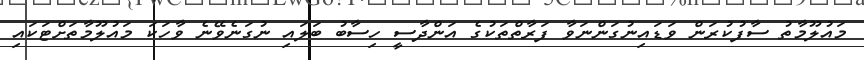
މައުލޫމާތު ސާފުކުރަން ވަޑައިނުގަންނަވާ ފަރާތްތަކުގެ އަންދާސީ ހިސާބު ބަލައި ނުގަނެވޭނެ ވާހަކަ މައުލޫމާތަށްޓަކައި